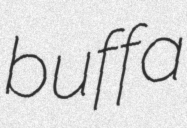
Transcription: buffa